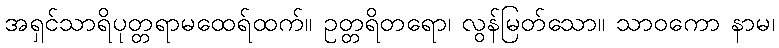
အရှင်သာရိပုတ္တရာမထေရ်ထက်။ ဥတ္တရိတရော၊ လွန်မြတ်သော။ သာဝကော နာမ၊